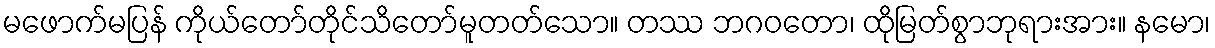
မဖောက်မပြန် ကိုယ်တော်တိုင်သိတော်မူတတ်သော။ တဿ ဘဂဝတော၊ ထိုမြတ်စွာဘုရားအား။ နမော၊